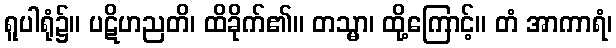
ရူပါရုံ၌။ ပဋိဟညတိ၊ ထိခိုက်၏။ တသ္မာ၊ ထို့ကြောင့်။ တံ အာကာရံ၊